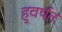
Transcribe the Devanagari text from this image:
हुवर्षत